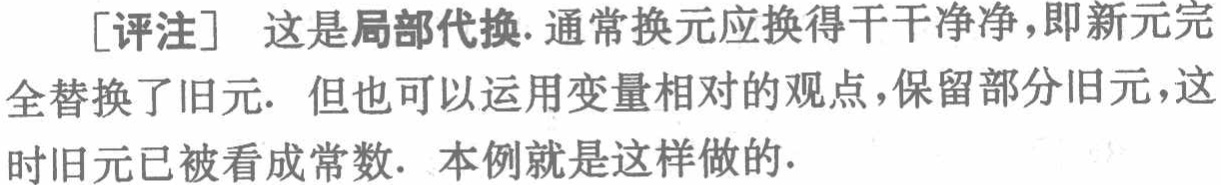
[评注] 这是局部代换.通常换元应换得干干净净，即新元完全替换了旧元. 但也可以运用变量相对的观点，保留部分旧元，这时旧元已被看成常数. 本例就是这样做的.